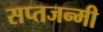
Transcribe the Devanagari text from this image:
सप्तजन्मी